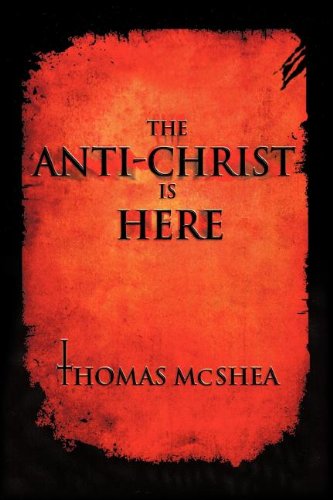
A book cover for The Anti-Christ Is Here; Thomas McShea; Religion & Spirituality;